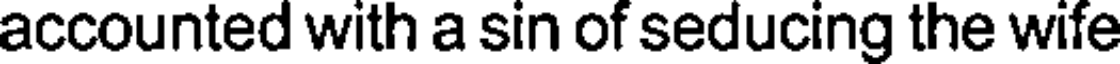
accounted with a sin of seducing the wife